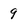
Character: 9